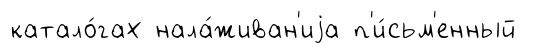
катало́гах нала́живан'иjа п'и́сьм'енный